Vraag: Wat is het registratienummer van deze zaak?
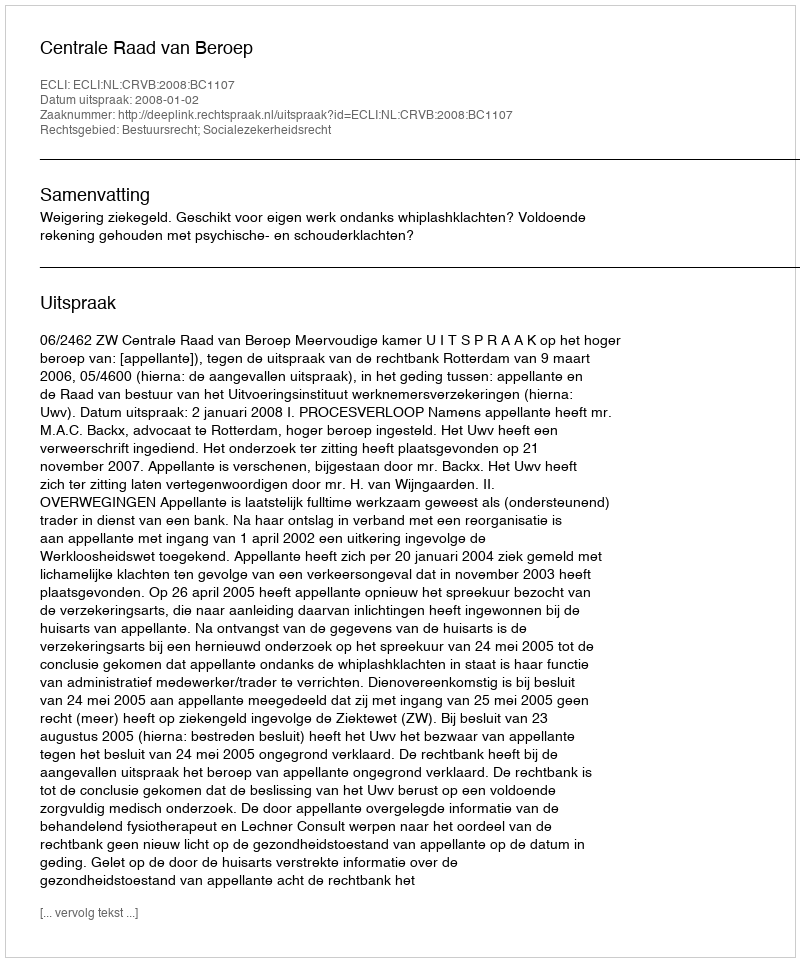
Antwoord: http://deeplink.rechtspraak.nl/uitspraak?id=ECLI:NL:CRVB:2008:BC1107